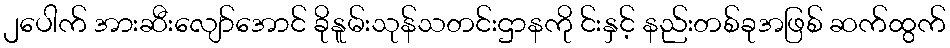
၂ပေါက် အားဆီးလျော်အောင် ခိုနူမ်းသုန်သတင်းဌာနကို င်းနှင့် နည်းတစ်ခုအဖြစ် ဆက်ထွက်